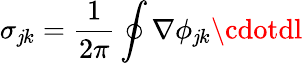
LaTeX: \sigma_{\mathit{j}k}=\frac{{1}}{{2\pi}}\oint\nabla\phi_{\mathit{j}k}\cdotdl